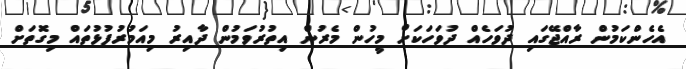
އެހެންކަމުން ރާއްޖޭގައި ދުވަހެއް ދުވަހަކަށް މީހުން މެރުން އިތުރުވަމުން ދާއިރު މިއަމުރުފުޅުތައް މިގޮތަށް